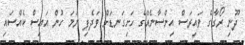
ދޫނި ރޯގާގެ ވައިރަސް އިންސާނެއްގެ ހަށިގަނޑަށް ވަދެފި ނަމަ ހުން އައިސް ކެއްސައި